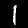
Label: 1